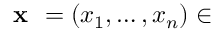
{ \textbf { x } } = ( x _ { 1 } , \dots , x _ { n } ) \in